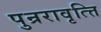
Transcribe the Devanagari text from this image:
पुन्ररावृत्त्ति